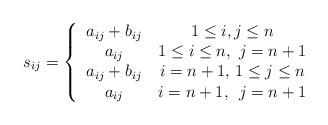
LaTeX: \begin{align*}s_{ij}=\left\{\begin{tabular}{cc}$a_{ij}+b_{ij}$ & $1\leq i,j\leq n$ \\$a_{ij}$ & $1\leq i\leq n,\ j=n+1$ \\$a_{ij}+b_{ij}$ & $i=n+1,$\ $1\leq j\leq n$ \\$a_{ij}$ & $i=n+1,$\ $\ j=n+1$\end{tabular}\right.\end{align*}